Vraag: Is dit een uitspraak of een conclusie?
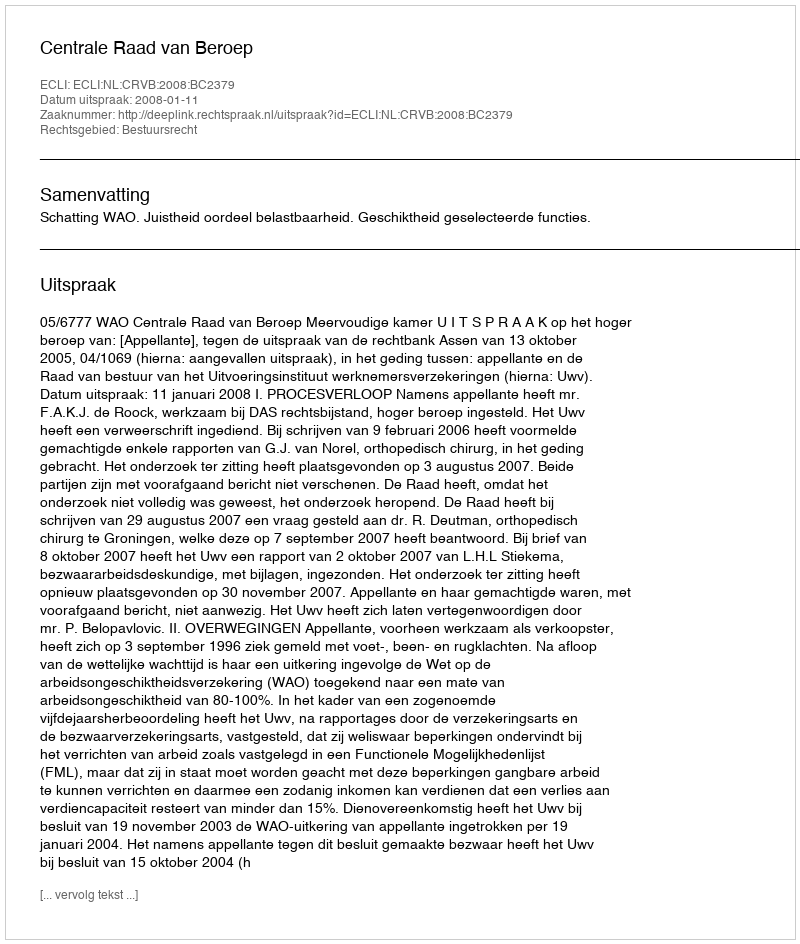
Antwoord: Uitspraak